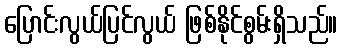
ပြောင်းလွယ်ပြင်လွယ် ဖြစ်နိုင်စွမ်းရှိသည်။